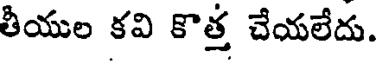
తీయుల కవి కొత్త చేయలేదు.